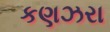
કણઝરા